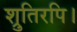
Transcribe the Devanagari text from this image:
श्रुतिरपि।